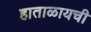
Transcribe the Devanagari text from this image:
हाताळायची